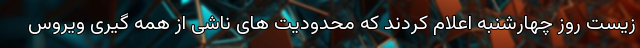
زیست روز چهارشنبه اعلام کردند که محدودیت های ناشی از همه گیری ویروس